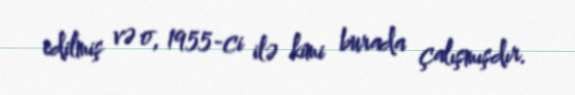
edilmiş və o, 1955-ci ilə kimi burada çalışmışdır.